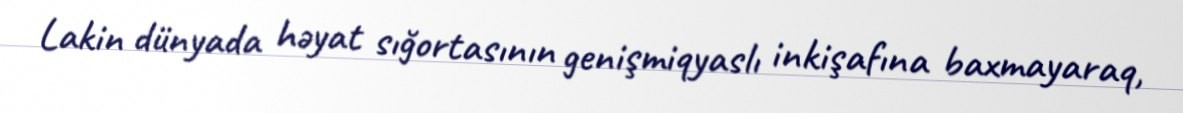
Lakin dünyada həyat sığortasının genişmiqyaslı inkişafına baxmayaraq,